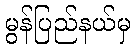
မွန်ပြည်နယ်မှ